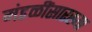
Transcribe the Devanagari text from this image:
मंडळींसारख्या